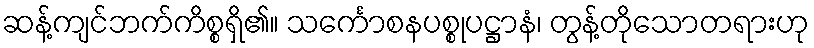
ဆန့်ကျင်ဘက်ကိစ္စရှိ၏။ သင်္ကောစနပစ္စုပဋ္ဌာနံ၊ တွန့်တိုသောတရားဟု